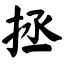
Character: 拯